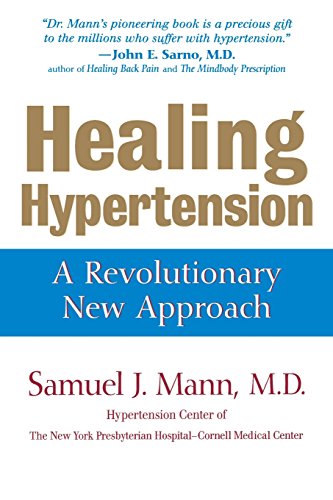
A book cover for Healing Hypertension: A Revolutionary New Approach; Samuel J. Mann; Health, Fitness & Dieting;